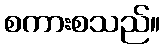
စကားစသည်။